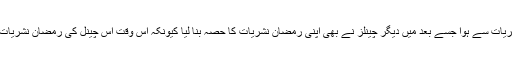
گیم شوز کے اس ٹرینڈ کا آغاز ایک ٹی وی چینل کی رمضان نشریات سے ہوا جسے بعد میں دیگر چینلز نے بھی اپنی رمضان نشریات کا حصّہ بنا لیا کیونکہ اس وقت اس چینل کی رمضان نشریات کی بڑھتی ہوئی ریٹنگز تمام چینلز کے لیے باعثِ تشویش تھیں۔